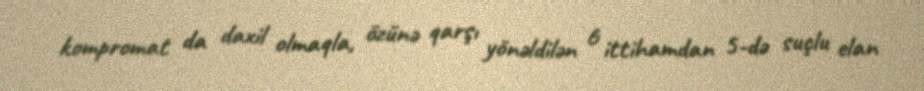
kompromat da daxil olmaqla, özünə qarşı yönəldilən 6 ittihamdan 5-də suçlu elan